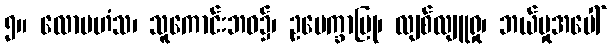
၅။ လောမဟံသ၊ သူကောင်းဘဝ၌၊ ဥပေက္ခာပြု၊ လျစ်လျူရှု၊ ဘယ်မှုအပေါ်